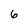
Character: 6